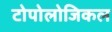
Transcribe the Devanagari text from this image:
टोपोलोजिकल